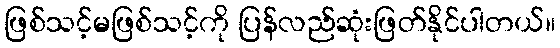
ဖြစ်သင့်မဖြစ်သင့်ကို ပြန်လည်ဆုံးဖြတ်နိုင်ပါတယ်။